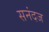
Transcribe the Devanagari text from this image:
सनंदज